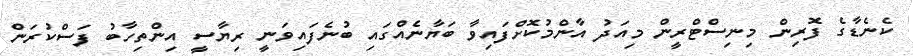
ކެނެޑާގެ ފޮރިން މިނިސްޓްރީން މިއަދު އާންމުކޮށްފައިވާ ބަޔާނެއްގައި ބުނެފައިވަނީ ރިޔާސީ އިންތިހާބު ފަސްކުރަން